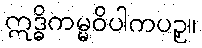
ဣဒ္ဓိကမ္မဝိပါကပဥှ။